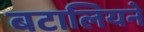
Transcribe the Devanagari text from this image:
बटालियने